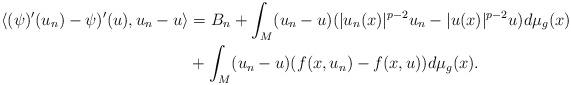
LaTeX: \begin{align*} \langle( \psi)'(u_{n})-\psi)'(u), u_{n}-u\rangle&= B_{n}+\int _{M} (u_{n}-u) (|u_{n}(x)|^{p-2}u_{n}- |u(x)|^{p-2}u)d\mu _g(x)\\ & +\int _{M} (u_{n}-u)(f(x,u_{n})-f(x,u))d\mu _g(x). \end{align*}